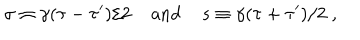
\sigma \equiv \gamma ( { \tau - \tau ^ { \prime } } ) / { 2 } \; \mathrm { a n d } \; s \equiv \gamma ( { \tau + \tau ^ { \prime } } ) / { 2 } \; ,